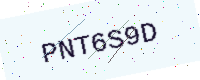
Text: PNT6S9D